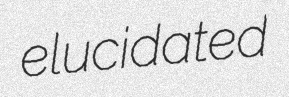
elucidated